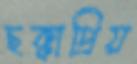
ছক্কাপ্রিয়